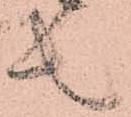
者